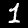
Digit: 1